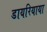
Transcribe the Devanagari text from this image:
डायरियाया